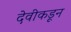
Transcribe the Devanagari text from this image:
देवीकडून